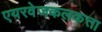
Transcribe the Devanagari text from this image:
एयरवेजकलकत्ता